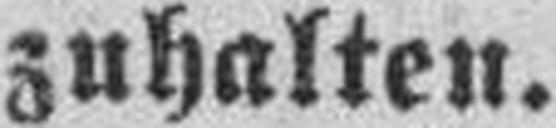
zuhalten.